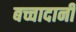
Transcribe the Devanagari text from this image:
बच्चादानी